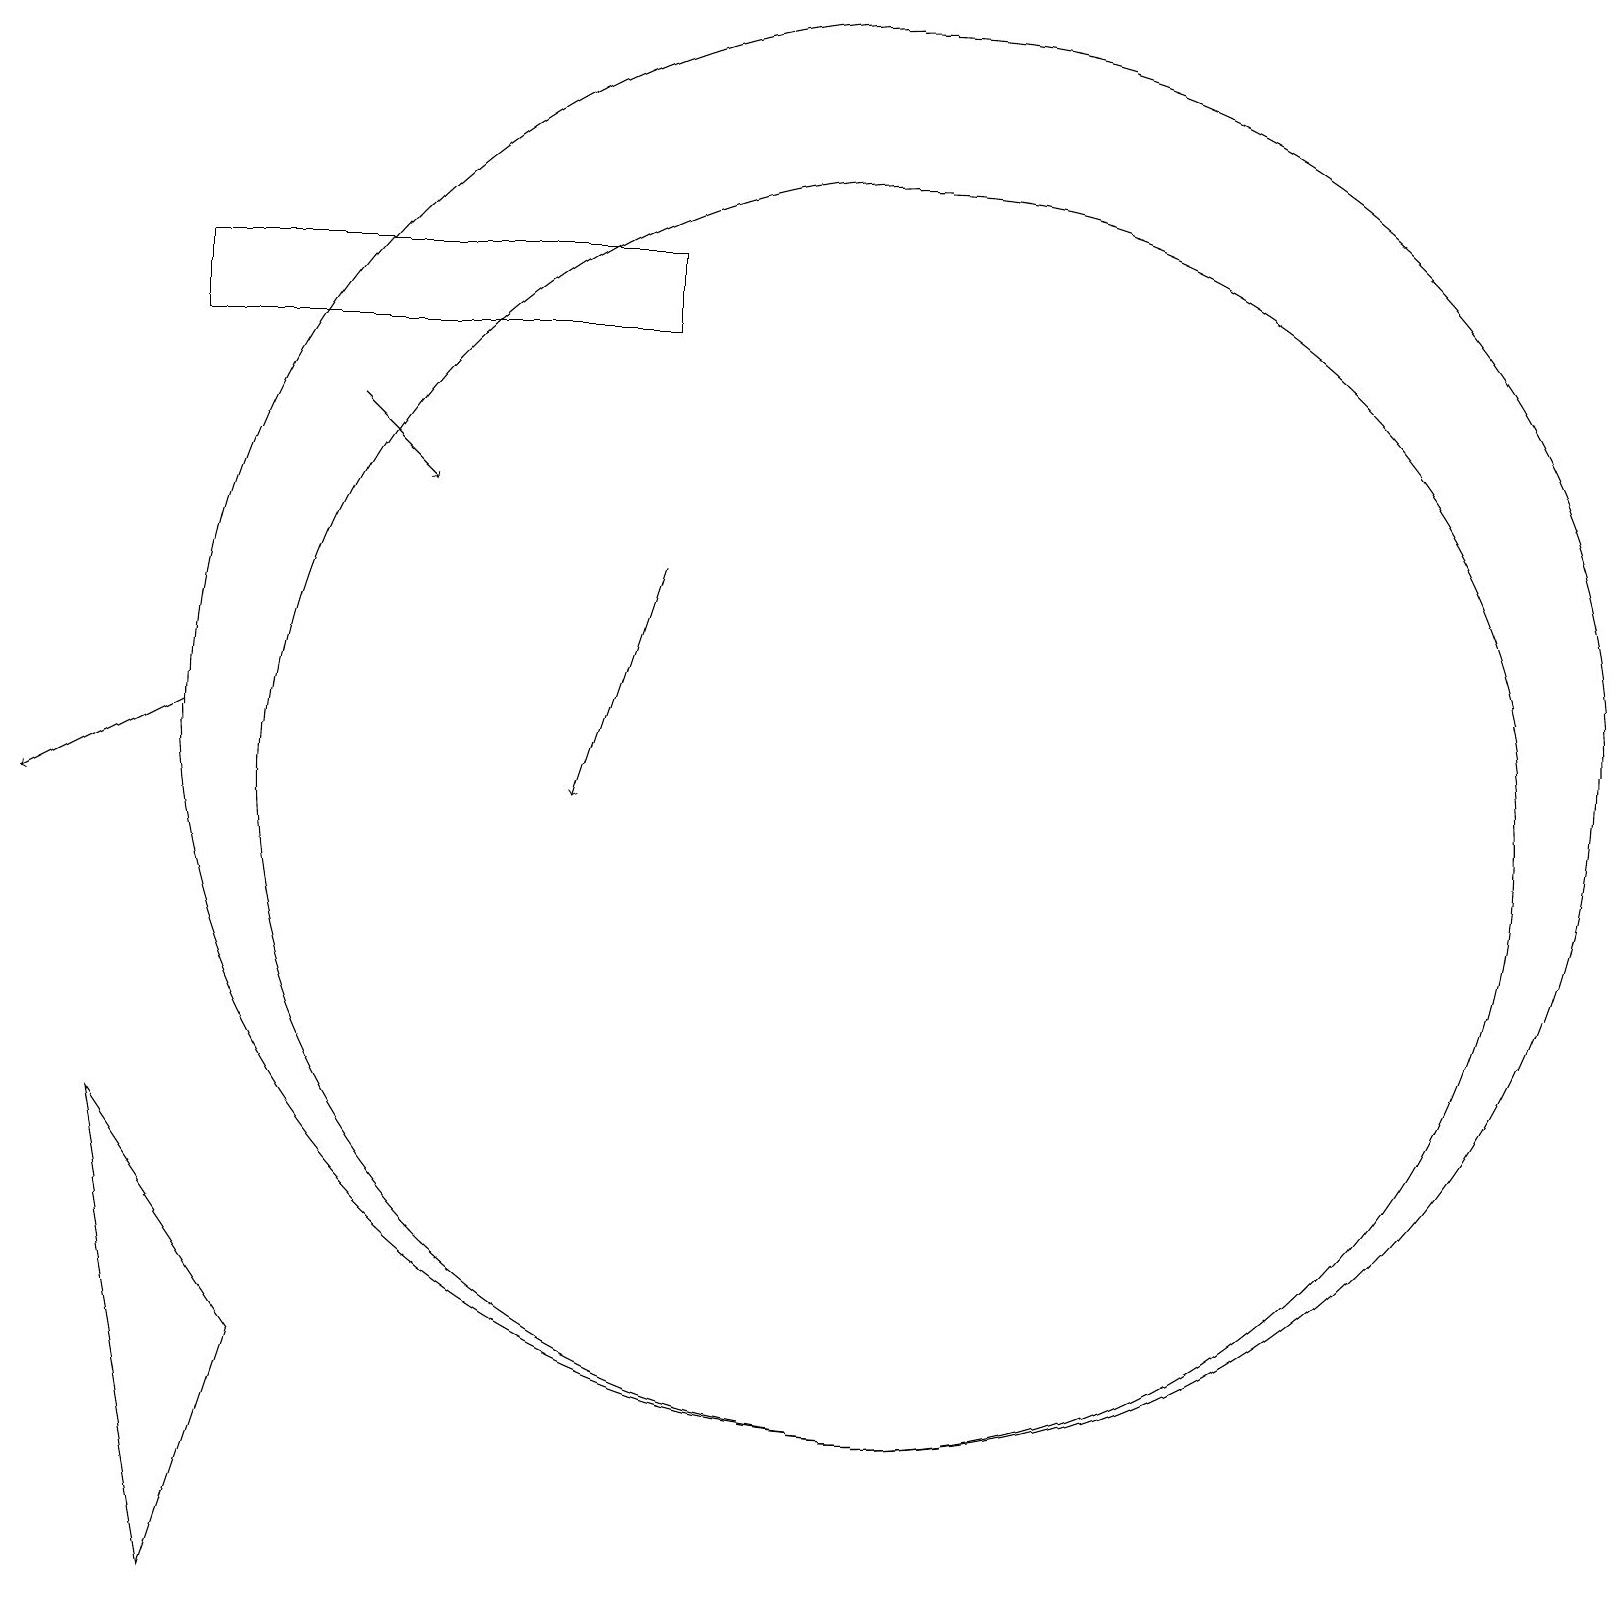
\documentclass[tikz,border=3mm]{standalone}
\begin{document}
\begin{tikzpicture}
\draw[->] (4,16) -- (5,15);
\draw (11,11) circle (8);
\draw (11,12) circle (9);
\draw[->] (8,14) -- (7,11);
\draw (2,18) rectangle (8,17);
\draw[->] (2,12) -- (0,11);
\draw (2,1) -- (3,4) -- (1,7) -- cycle;
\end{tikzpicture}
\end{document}